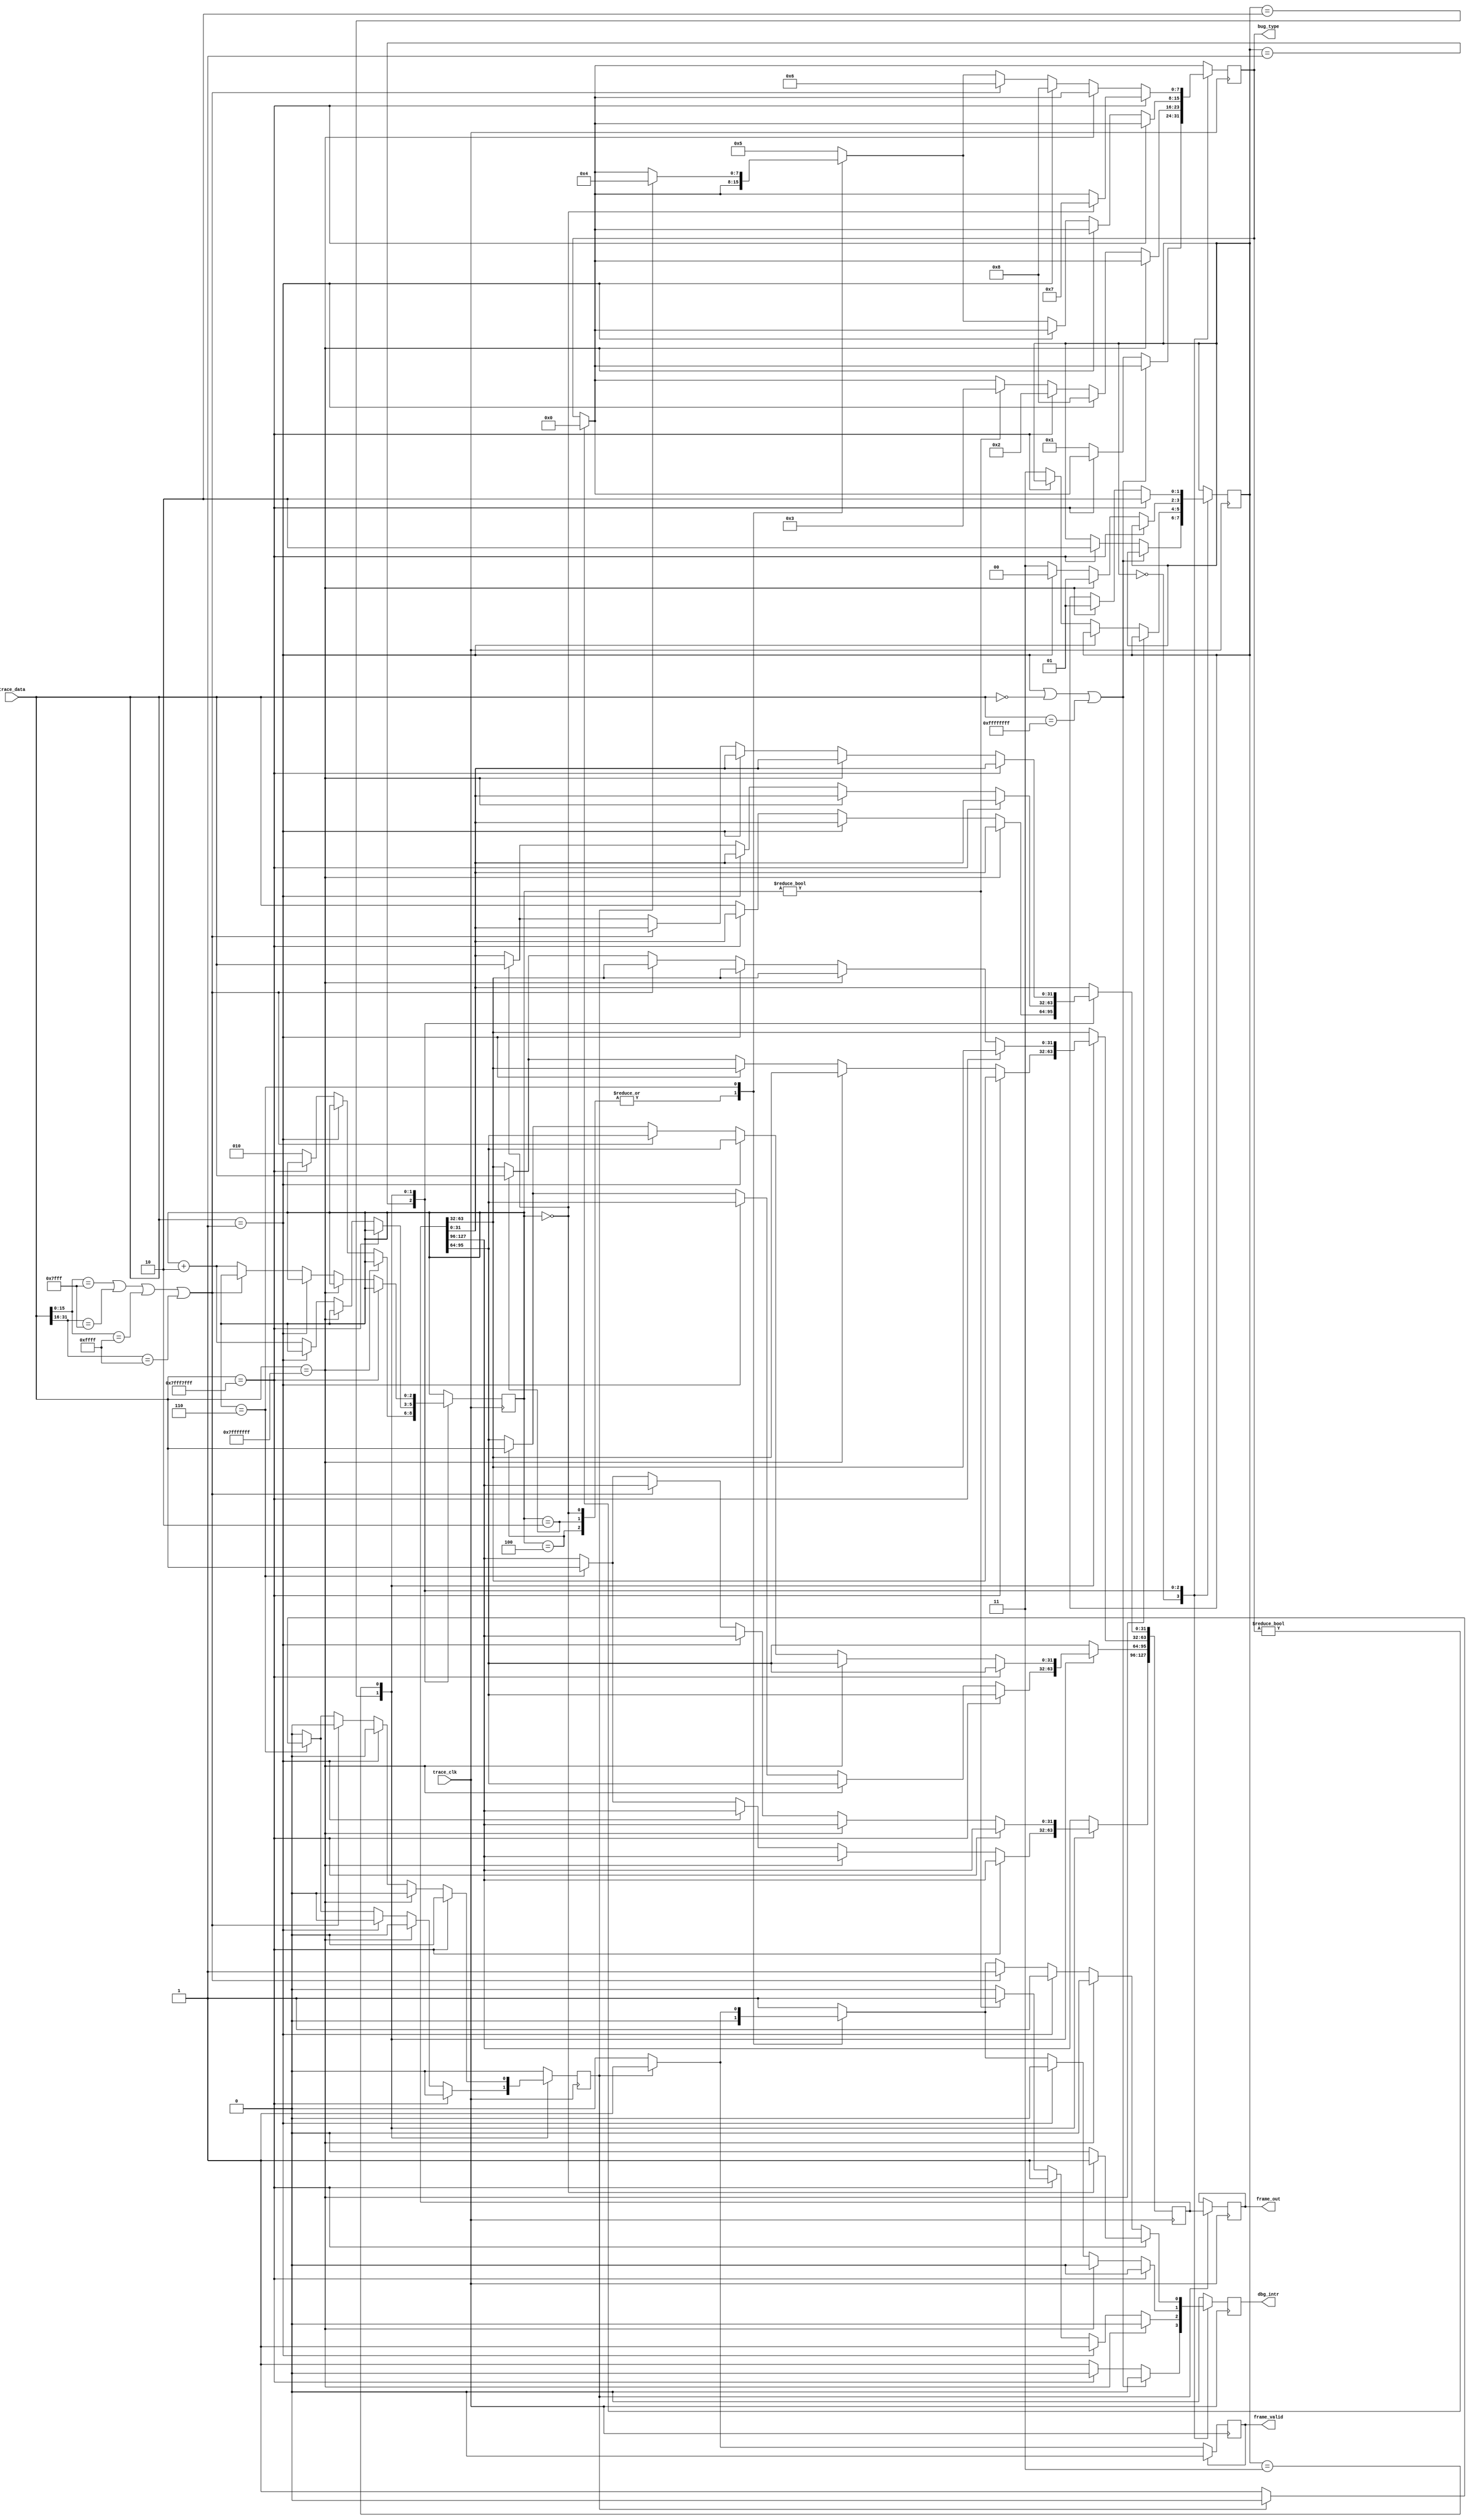
module CoreSight_L0_Decoder_simp(
        input trace_clk,
        input [31:0] trace_data,
        output wire [127:0] frame_out,
        output wire dbg_intr,
        output [7:0] bug_type,
        output frame_valid
    );
    parameter STOP = 2'h0;
    parameter READY = 2'h1;
    parameter IDLE = 2'h2;
    parameter PROCESS = 2'h3;
    reg valid = 1'b0;
    reg done = 1'b0;
    reg bug = 1'b0;
    reg [7:0] bug_num = 8'b0;
    reg [127:0] frame_buff=128'b0;
    reg [127:0] frame=128'b0;
    reg [2:0] processcount = 3'b0;
    reg [1:0] state = STOP;
    always @(posedge trace_clk) begin
        if(done) begin
            done <= 1'b0;
            valid <= 1'b1;
            frame_buff <= frame;
        end
        if(valid) valid<=1'b0;
        if(bug)bug<=1'b0;
        if(bug_num)bug_num<=8'b0;
        case(state)
            STOP:begin
                if(trace_data[31:0]==32'h1||trace_data[31:0]==32'h0||trace_data[31:0]==32'hFFFFFFFF);
                else if(trace_data[31:0]==32'h7FFF7FFF) state <= IDLE;
                else begin
                   bug <= 1'b1;
                   bug_num <= 8'h1;//No.1 STOP ERROR TRACE_DATA
                end
            end
            READY:begin
                if(trace_data[31:0]==32'h7FFFFFFF);
                else if(trace_data[31:0]==32'h1)begin
                    bug <= 1'b1;
                    bug_num <= 8'h8;//No.8 READY=>STOP ERROR
                end
                else if(trace_data[31:0]==32'h7FFF7FFF)begin
                    bug <= 1'b1;
                    bug_num <= 8'h2;//No.2 READY=>IDLE ERROR
                end
                else begin
                    state <= PROCESS;
                    frame[31:0]<= trace_data[31:0];
                    processcount <= 3'h2;
                    if(processcount!=3'b0) begin
                        bug <= 1'b1;
                        bug_num <= 8'h3;//No.3 PROCESSCOUNT VALUE ERROR
                    end
                end
            end
            IDLE:begin
                if(trace_data[31:0]==32'h7FFF7FFF);
                else if(trace_data[31:0]==32'h7FFFFFFF)state <= READY;
                else if(trace_data[31:0]==32'h1)state <= STOP;
                else begin
                    state <= PROCESS;
                    case(processcount)
                        3'h0:frame[31:0]<= trace_data[31:0];
                        3'h2:frame[63:32]<= trace_data[31:0];
                        3'h4:frame[95:64]<= trace_data[31:0];
                        3'h6:begin
                            frame[127:96]<= trace_data[31:0];
                            if(!done)done <= 1'b1;
                            else begin
                                bug <= 1'b1;
                                bug_num <= 8'h4;//No.4 DONE PROCESSCOUNT MISMATCH
                            end
                        end
                        default: begin
                            bug <= 1'b1;
                            bug_num <= 8'h5;//No.5 ERROR PROCESSCOUNT VALUE
                        end
                     endcase
                     processcount <= processcount + 3'h2;
                end
            end
            PROCESS:begin
                if(trace_data[31:0]==32'h7FFF7FFF)begin
                    state <= IDLE;
                    if(processcount==3'b0) begin
                        bug <= 1'b1;
                        bug_num <= 8'h7;//No.7 ERROR PROCESSCOUNT VALUE WHEN PROCESS=>IDLE
                    end
                end
                else if(trace_data[31:0]==32'h7FFFFFFF)state <= READY;
                else if(trace_data[31:0]==32'h1)begin
                    bug <= 1'b1;
                    bug_num <= 8'h8;//No.8 PROCESS=>STOP ERROR
                end
                else if(trace_data[15:0]==16'h7FFF||trace_data[31:16]==16'h7FFF||trace_data[15:0]==16'hFFFF||trace_data[31:16]==16'hFFFF)begin
                    bug <= 1'b1;
                    bug_num <= 8'h6;//No.6 FRAME ALIGN ERROR
                end
                else begin
                    case(processcount)
                        3'h0:frame[31:0]<= trace_data[31:0];
                        3'h2:frame[63:32]<= trace_data[31:0];
                        3'h4:frame[95:64]<= trace_data[31:0];
                        3'h6:begin
                            frame[127:96]<= trace_data[31:0];
                            if(!done)done <= 1'b1;
                            else begin
                                bug <= 1'b1;
                                bug_num <= 8'h4;//No.4 DONE PROCESSCOUNT MISMATCH
                            end
                        end
                        default: begin
                            bug <= 1'b1;
                            bug_num <= 8'h5;//No.5 ERROR PROCESSCOUNT VALUE
                        end
                     endcase
                     processcount <= processcount + 3'h2;
                end
            end
        endcase
    end
    assign frame_out = frame_buff;
    assign dbg_intr = bug;
    assign bug_type = bug_num;
    assign frame_valid = valid;
endmodule